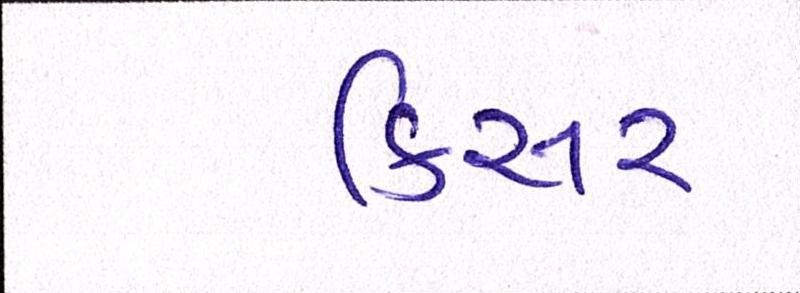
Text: કિસર